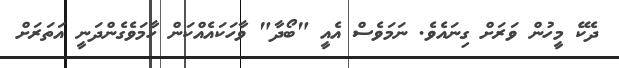
ދެކޭ މީހުން ވަރަށް ގިނައެވެ. ނަމަވެސް އެއީ "ބޯދާ" ވާހަކައެއްކަން ހާމަވެގެންދަނީ އަތަރަށް